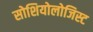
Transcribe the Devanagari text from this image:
सोशियोलोजिस्ट